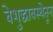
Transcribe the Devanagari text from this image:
बेशुद्धावस्थेतून